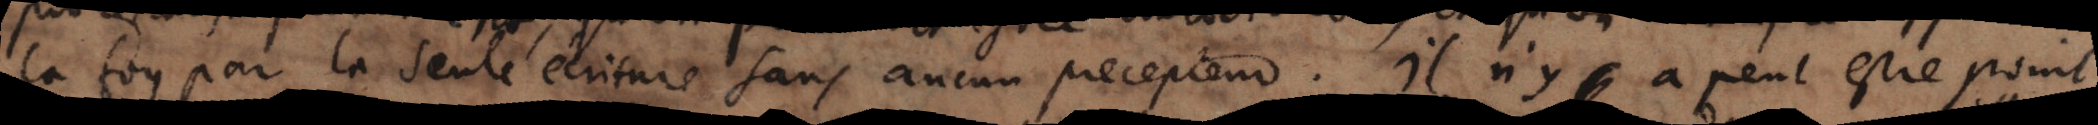
la foy par la seule écriture sans aucun precepteur. Il n’y a peut estre point